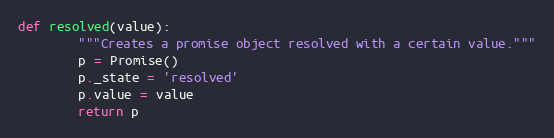
Language: Python
def resolved(value):
        """Creates a promise object resolved with a certain value."""
        p = Promise()
        p._state = 'resolved'
        p.value = value
        return p